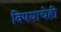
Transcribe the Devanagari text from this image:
विषयाचेही